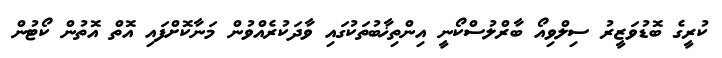
ކުރީގެ ބޮޑުވަޒީރު ސިލްވިއޯ ބާރްލުސްކޯނީ އިންތިޚާބުތަކުގައި ވާދަކުރެއްވުން މަނާކޮށްފައި އޮތް އޮތުން ކޯޓުން